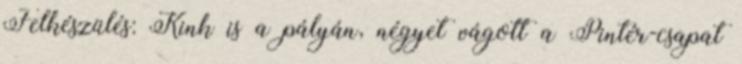
Felkészülés: Kink is a pályán, négyet vágott a Pintér-csapat